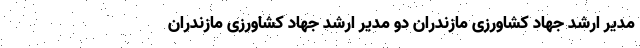
مدیر ارشد جهاد کشاورزی مازندران دو مدیر ارشد جهاد کشاورزی مازندران